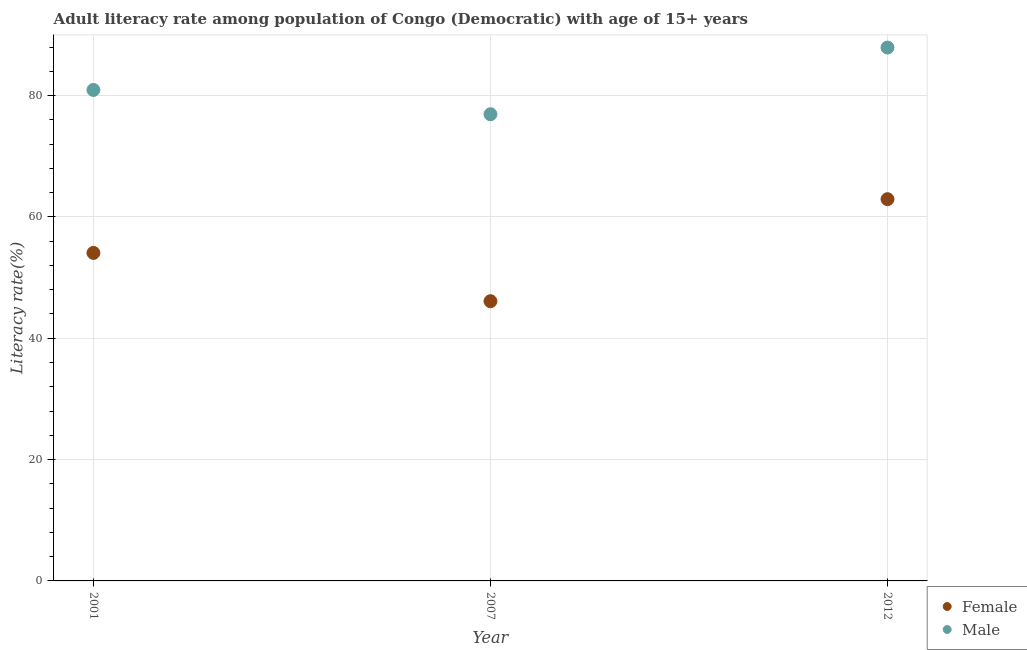
| Year | Female | Male |
 | --- | --- | --- |
 | 2001 | 54.1 | 80.9 |
 | 2007 | 46.1 | 76.9 |
 | 2012 | 62.9 | 87.9 |